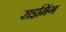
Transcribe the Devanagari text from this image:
राइमिंग